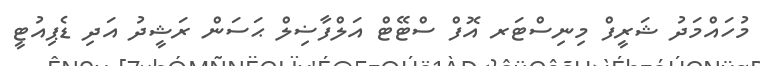
މުހައްމަދު ޝަރީފް މިނިސްޓަރ އޮފް ސްޓޭޓް އަލްފާޟިލް ޙަސަން ރަޝީދު އަދި ޑެޕިއުޓީ